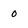
Character: o